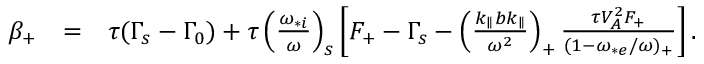
\begin{array} { r l r } { \beta _ { + } } & { = } & { \tau ( \Gamma _ { s } - \Gamma _ { 0 } ) + \tau \left( \frac { \omega _ { * i } } { \omega } \right) _ { s } \left[ F _ { + } - \Gamma _ { s } - \left( \frac { k _ { \parallel } b k _ { \parallel } } { \omega ^ { 2 } } \right) _ { + } \frac { \tau V _ { A } ^ { 2 } F _ { + } } { ( 1 - \omega _ { * e } / \omega ) _ { + } } \right] . } \end{array}